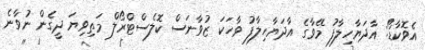
އެވޮކާޑޯ: އާދަޔާހިލާފު މޭވާގެ އާދަޔާހިލާފު ވާހަކަ ޒުވާނަސް ކޮލެސްޓްރޯލް މަތިވިޔަ ދީގެން ނުވާނެ